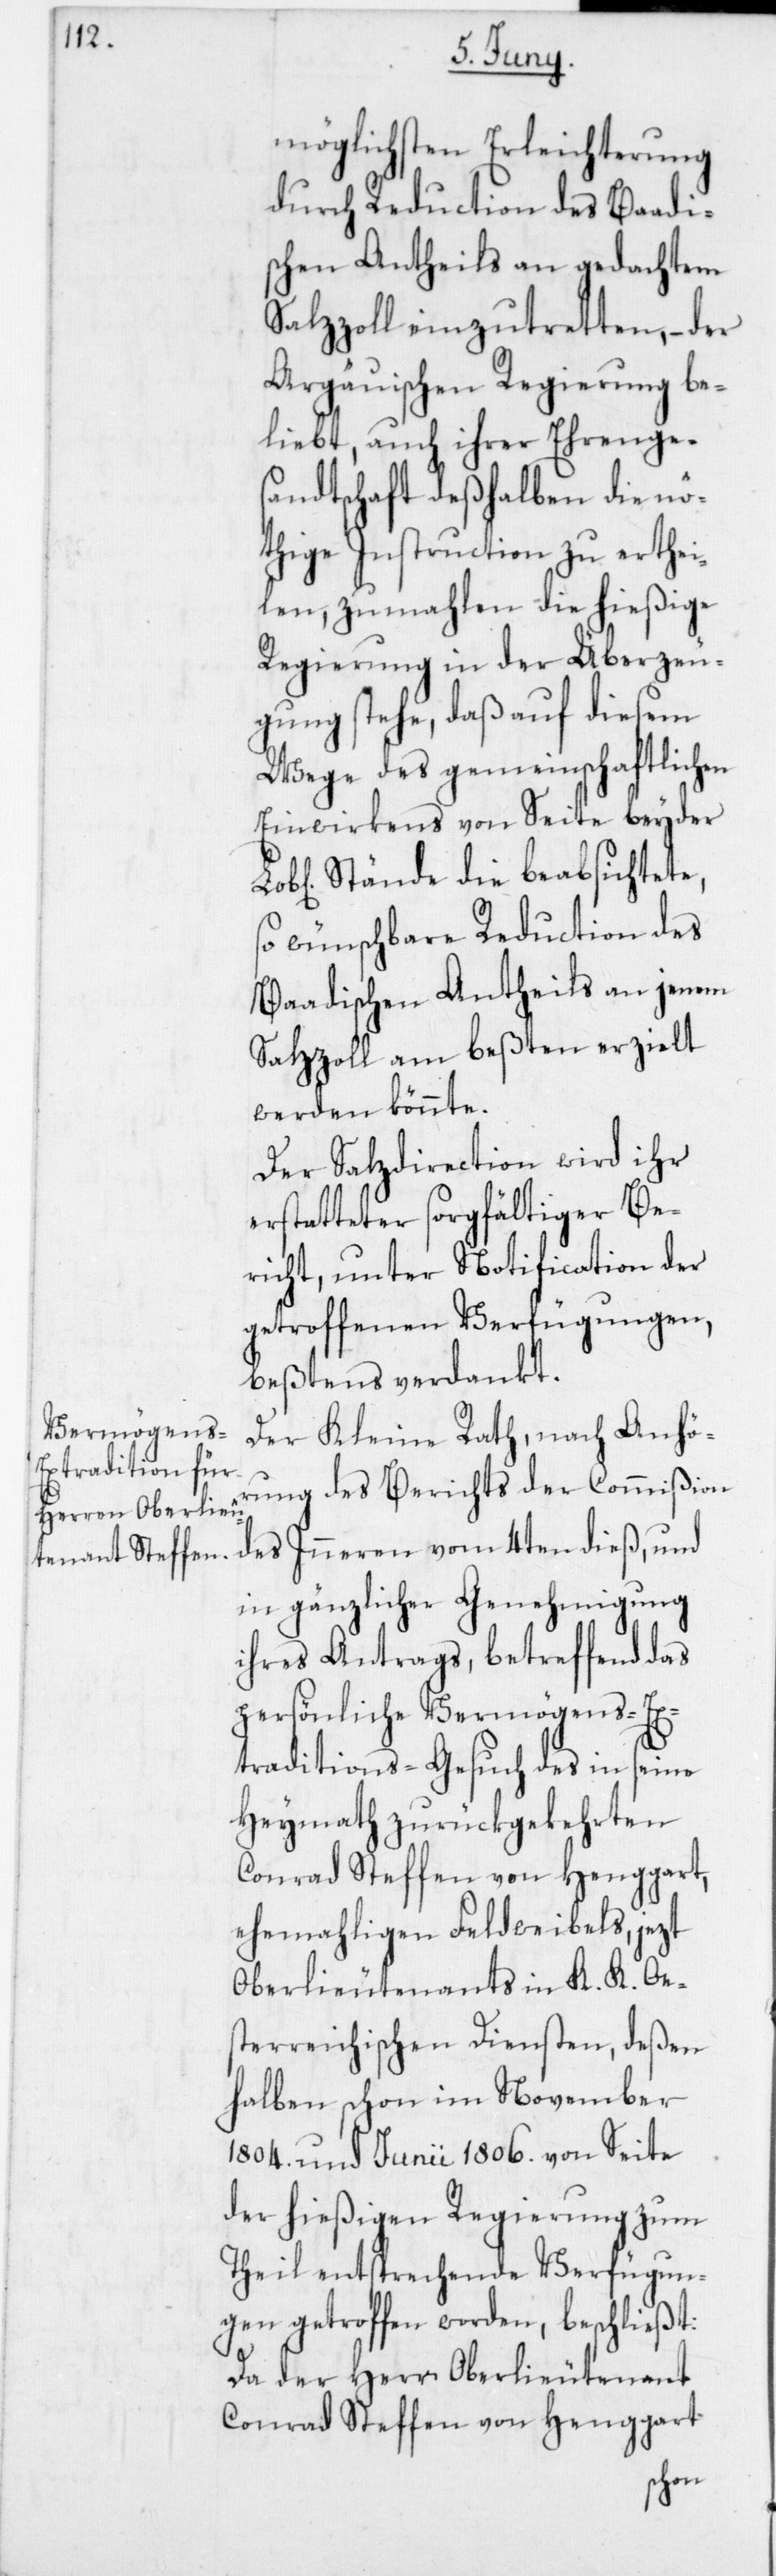
möglichsten Erleichterung
durch Reduction des Baadi¬
schen Antheils an gedachtem
Salzzoll einzutretten, – der
Argäuischen Regierung be¬
liebt, auch ihrer Ehrenge¬
sandtschaft deßhalben die nö¬
thige Instruction zu erthei¬
len, zumahlen die hießige
Regierung in der Überzeu¬
gung stehe, daß auf diesem
Wege des gemeinschaftlichen
Einwirkens von Seite beyder
Stände die beabsichtete,
so wünschbare Reduction des
Baadischen Antheils an jenem
Salzzoll am beßten erzielt
werden könnte.
Der Salzdirection wird ihr
erstatteter sorgfältiger Be¬
richt, unter Notification der
getroffenen Verfügungen,
beßtens verdankt.
Der Kleine Rath, nach Anhö¬
rung des Berichts der Commißion
des Inneren vom 4ten dieß, und
in gänzlicher Genehmigung
ihres Antrags, betreffend das
persönliche Vermögens-Ex¬
traditions-Gesuch des in seine
Heymath zurückgekehrten
Conrad Steffen von Henggart,
ehemahligen Feldweibels, jezt
Oberlieutenants in K. K. Oes¬
terreichischen Diensten, deßen
halben schon im November
1804 und Junii 1806 von Seite
der hießigen Regierung zum
Theil entsprechende Verfügun¬
gen getroffen worden, beschließt:
Da der Herr Oberlieutenant
Conrad Steffen von Henggart